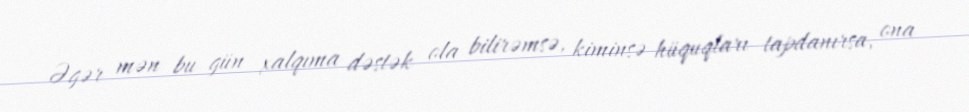
Əgər mən bu gün xalqıma dəstək ola bilirəmsə, kiminsə hüquqları tapdanırsa, ona